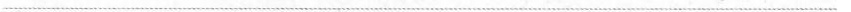
___